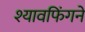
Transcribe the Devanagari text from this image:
श्यावफिंगने